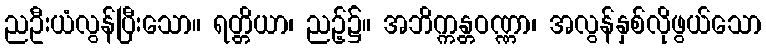
ညဦးယံလွန်ပြီးသော။ ရတ္တိယာ၊ ညဉ့်၌။ အဘိက္ကန္တဝဏ္ဏာ၊ အလွန်နှစ်လိုဖွယ်သော